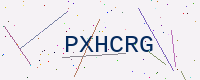
Text: PXHCRG